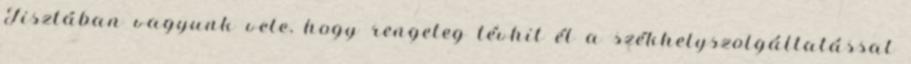
Tisztában vagyunk vele, hogy rengeteg tévhit él a székhelyszolgáltatással